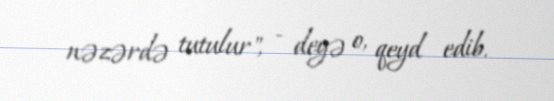
nəzərdə tutulur", - deyə o, qeyd edib.